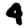
Digit: 4